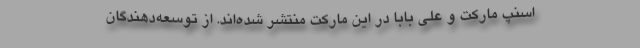
اسنپ مارکت و علی بابا در این مارکت منتشر شده‌اند. از توسعه‌دهندگان